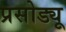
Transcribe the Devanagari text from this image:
प्रसोड्यू